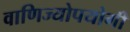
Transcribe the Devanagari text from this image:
वाणिज्योपयोगी